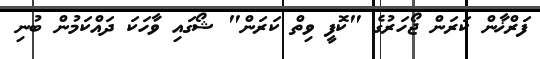
ފަރްޚާން ކަރަން ޖޯހަރުގެ "ކޮފީ ވިތް ކަރަން" ޝޯގައި ވާހަކަ ދައްކަމުން ބުނި